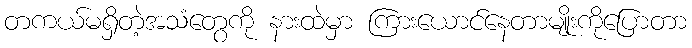
တကယ်မရှိတဲ့အသံတွေကို နားထဲမှာ ကြားယောင်နေတာမျိုးကိုပြောတာ